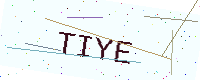
Text: TIYE